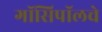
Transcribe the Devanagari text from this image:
गॉसिपॉलचे